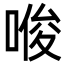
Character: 𪡟